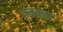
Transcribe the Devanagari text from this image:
अलबला